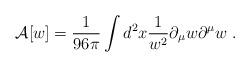
LaTeX: \begin{align*}{\cal A}[w] = {1\over 96\pi}\int d^2x{1\over w^2}\partial_{\mu}w\partial^{\mu}w \;.\end{align*}